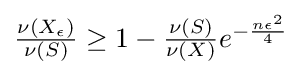
{\textstyle {\frac {\nu (X_{\epsilon })}{\nu (S)}}\geq 1-{\frac {\nu (S)}{\nu (X)}}e^{-{\frac {n\epsilon ^{2}}{4}}}}